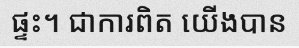
ផ្ទះ។ ជាការពិត យើងបាន